Annual statistical returns and brief notes on vaccination in Bengal - 1887-1898
Year: 1887
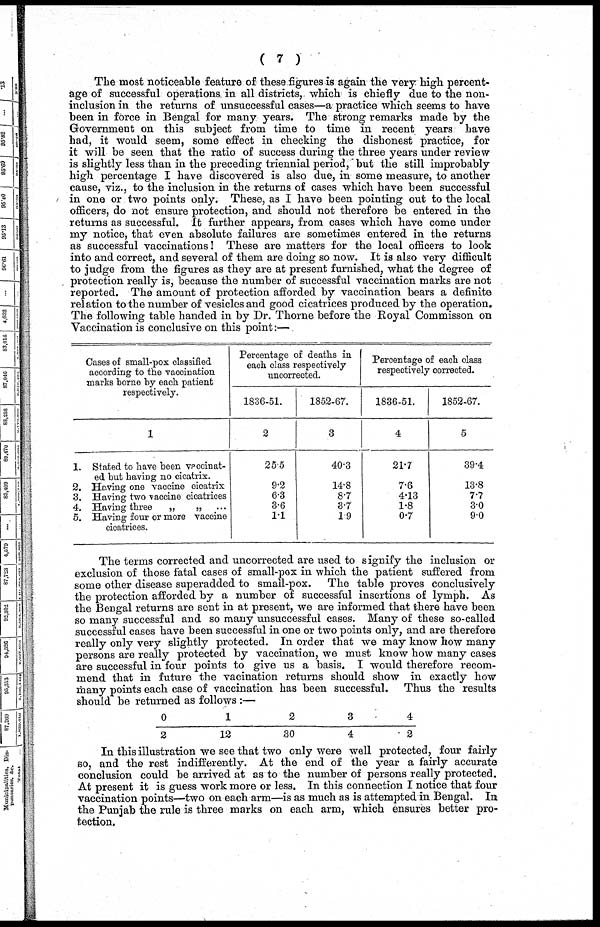
( 7 )
The most noticeable feature of these figures is again the very high percent¬
age of successful operations in all districts, which is chiefly due to the non-
inclusion in the returns of unsuccessful cases—a practice which seems to have
been in force in Bengal for many years. The strong remarks made by the
Government on this subject from time to time in recent years have
had, it would seem, some effect in checking the dishonest practice, for
it will be seen that the ratio of success during the three years under review
is slightly less than in the preceding triennial period, but the still improbably
high percentage I have discovered is also due, in some measure, to another
cause, viz., to the inclusion in the returns of cases which have been successful
in one or two points only. These, as I have been pointing out to the local
officers, do not ensure protection, and should not therefore be entered in the
returns as successful. It further appears, from cases which have come under
my notice, that even absolute failures are sometimes entered in the returns
as successful vaccinations! These are matters for the local officers to look
into and correct, and several of them are doing so now. It is also very difficult
to judge from the figures as they are at present furnished, what the degree of
protection really is, because the number of successful vaccination marks are not
reported. The amount of protection afforded by vaccination bears a definite
relation to the number of vesicles and good cicatrices produced by the operation.
The following table handed in by Dr. Thorne before the Royal Commisson on
Vaccination is conclusive on this point:—
Cases of small-pox classified
according to the vaccination
marks borne by each patient
respectively.
1
1. Stated to have been vaccinat-
ed but having no cicatrix.
2. Having one vaccine cicatrix
3. Having two vaccine cicatrices
4. Having three
„
„
5. Having four or more vaccine
cicatrices.
Percentage of deaths in
each class respectively
uncorrected.
1836-51.
2
25.5
9.2
6.3
3.6
1.1
1852-67.
3
40.3
14.8
8.7
3.7
1.9
Percentage of each class
respectively corrected.
1836-51.
4
21.7
7.6
4.13
1.8
0.7
1852-67.
5
39.4
13.8
7.7
3.0
9.0
The terms corrected and uncorrected are used to signify the inclusion or
exclusion of those fatal cases of small-pox in which the patient suffered from
some other disease superadded to small-pox. The table proves conclusively
the protection afforded by a number of successful insertions of lymph. As
the Bengal returns are sent in at present, we are informed that there have been
so many successful and so many unsuccessful cases. Many of these so-called
successful cases have been successful in one or two points only, and are therefore
really only very slightly protected. In order that we may know how many
persons are really protected by vaccination, we must know how many cases
are successful in four points to give us a basis. I would therefore recom-
mend that in future the vacination returns should show in exactly how
many points each case of vaccination has been successful. Thus the results
should be returned as follows :—
0
2
1
12
2
30
3
4
4
2
In this illustration we see that two only were well protected, four fairly
so, and the rest indifferently. At the end of the year a fairly accurate
conclusion could be arrived at as to the number of persons really protected.
At present it is guess work more or less. In this connection I notice that four
vaccination points—two on each arm—is as much as is attempted in Bengal. In
the Punjab the rule is three marks on each arm, which ensures better pro-
tection.